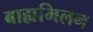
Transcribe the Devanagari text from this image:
बाह्यमिलन